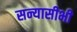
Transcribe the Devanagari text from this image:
सन्यासीभी